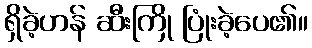
ရှိခဲ့ဟန် ဆီးကြို ပြုံးခဲ့ပေ၏။